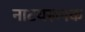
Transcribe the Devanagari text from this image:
नाटयरूपक